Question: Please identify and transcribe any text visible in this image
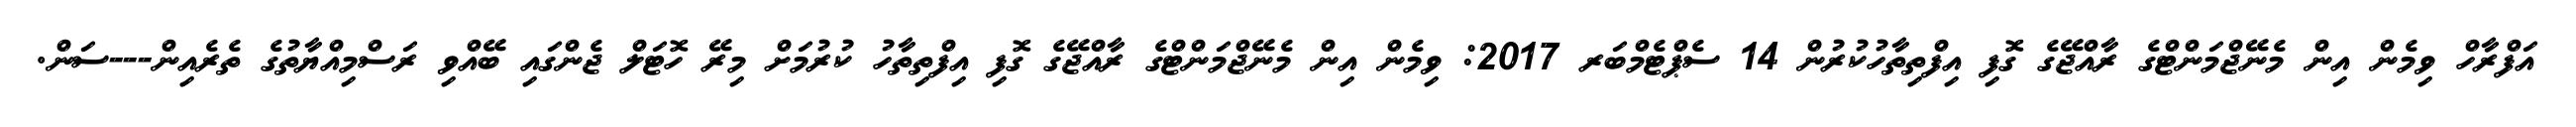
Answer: އަފްރާހް ވިމެން އިން މެނޭޖްމަންޓްގެ ރާއްޖޭގެ ގޮފި އިފްތިތާހުކުރުން 14 ސެޕްޓެމްބަރ 2017: ވިމެން އިން މެނޭޖްމަންޓްގެ ރާއްޖޭގެ ގޮފި އިފްތިތާހު ކުރުމަށް މިރޭ ހޮޓަލް ޖެންގައި ބޭއްވި ރަސްމިއްޔާތުގެ ތެރެއިން---ސަން.